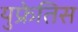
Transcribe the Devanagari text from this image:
युफ्रेतिस